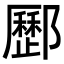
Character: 𨟑